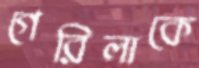
গেরিলাকে